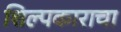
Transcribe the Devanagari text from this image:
शिल्पकाराचा